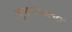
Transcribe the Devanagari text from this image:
भुषवण्याचा